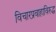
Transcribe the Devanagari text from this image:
विचारप्रवाहाविरुद्ध